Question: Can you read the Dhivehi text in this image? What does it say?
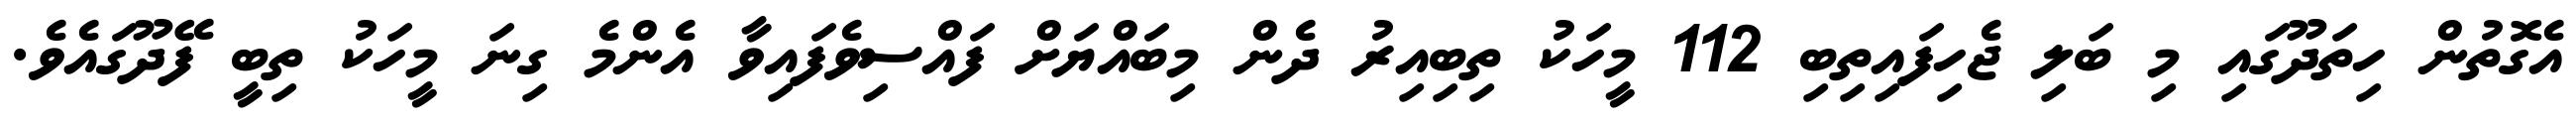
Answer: އެގޮތުން ހިތަދޫގައި މި ބަލި ޖެހިފައިތިބި 112 މީހަކު ތިބިއިރު ދެން މިބައްޔަށް ފައްސިވެފައިވާ އެންމެ ގިނަ މީހަކު ތިބީ ފޭދޫގައެވެ.